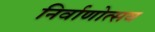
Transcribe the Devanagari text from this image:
निर्वाणोत्सव